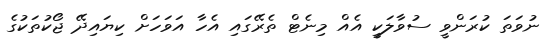
ނުވަތަ ކުރަންވީ ސުވާލަކީ އެއް މިނެޓް ތެރޭގައި އެހާ އަވަހަށް ކިޔައިދޭ ޖޯކުތަކުގެ